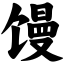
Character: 馒